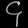
Digit: ၄